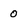
Character: 0